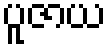
ပူဇာယ